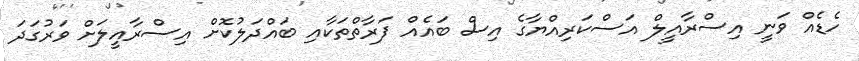
ހެޑެއް ވަނީ އިސްރާއީލް އަސްކަރިއްޔާގެ އިސް ބައެއް ފަރާތްތަކާއި ބައްދަލުކޮށް އިސްރާއީލަށް ވަރުގަދަ